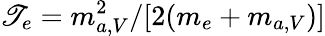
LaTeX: \mathscr{T}_{e}=m_{a,V}^{2}/[2(m_{e}+m_{a,V})]